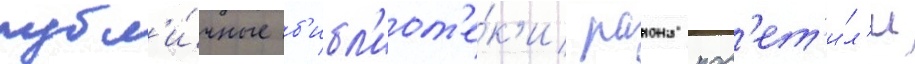
публ'и́чные б'ибл'иот'е́к'и раиона пос'ет'и́л'и